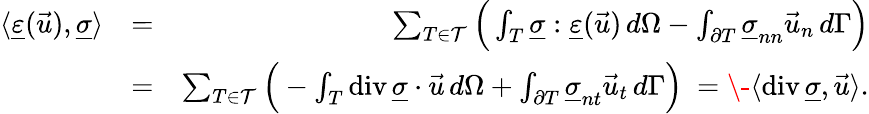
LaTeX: \begin{array}{rlr}{\langle\underline{{\varepsilon}}(\vec{u}),\underline{{\sigma}}\rangle}&{=}&{\sum_{T\in\mathcal{T}}\Big(\int_{T}\underline{{\sigma}}:\underline{{\varepsilon}}(\vec{u})\, d\Omega-\int_{\partial T}\underline{{\sigma}}_{nn}\vec{u}_{n}\, d\Gamma\Big)}\\ &{=}&{\sum_{T\in\mathcal{T}}\Big(-\int_{T}\operatorname{div}\underline{{\sigma}}\cdot\vec{u}\, d\Omega+\int_{\partial T}\underline{{\sigma}}_{nt}\vec{u}_{t}\, d\Gamma\Big)\ =\- \langle\operatorname{div}\underline{{\sigma}},\vec{u}\rangle.}\end{array}